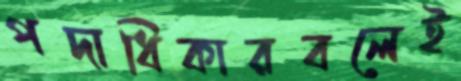
পদাধিকারবলেই